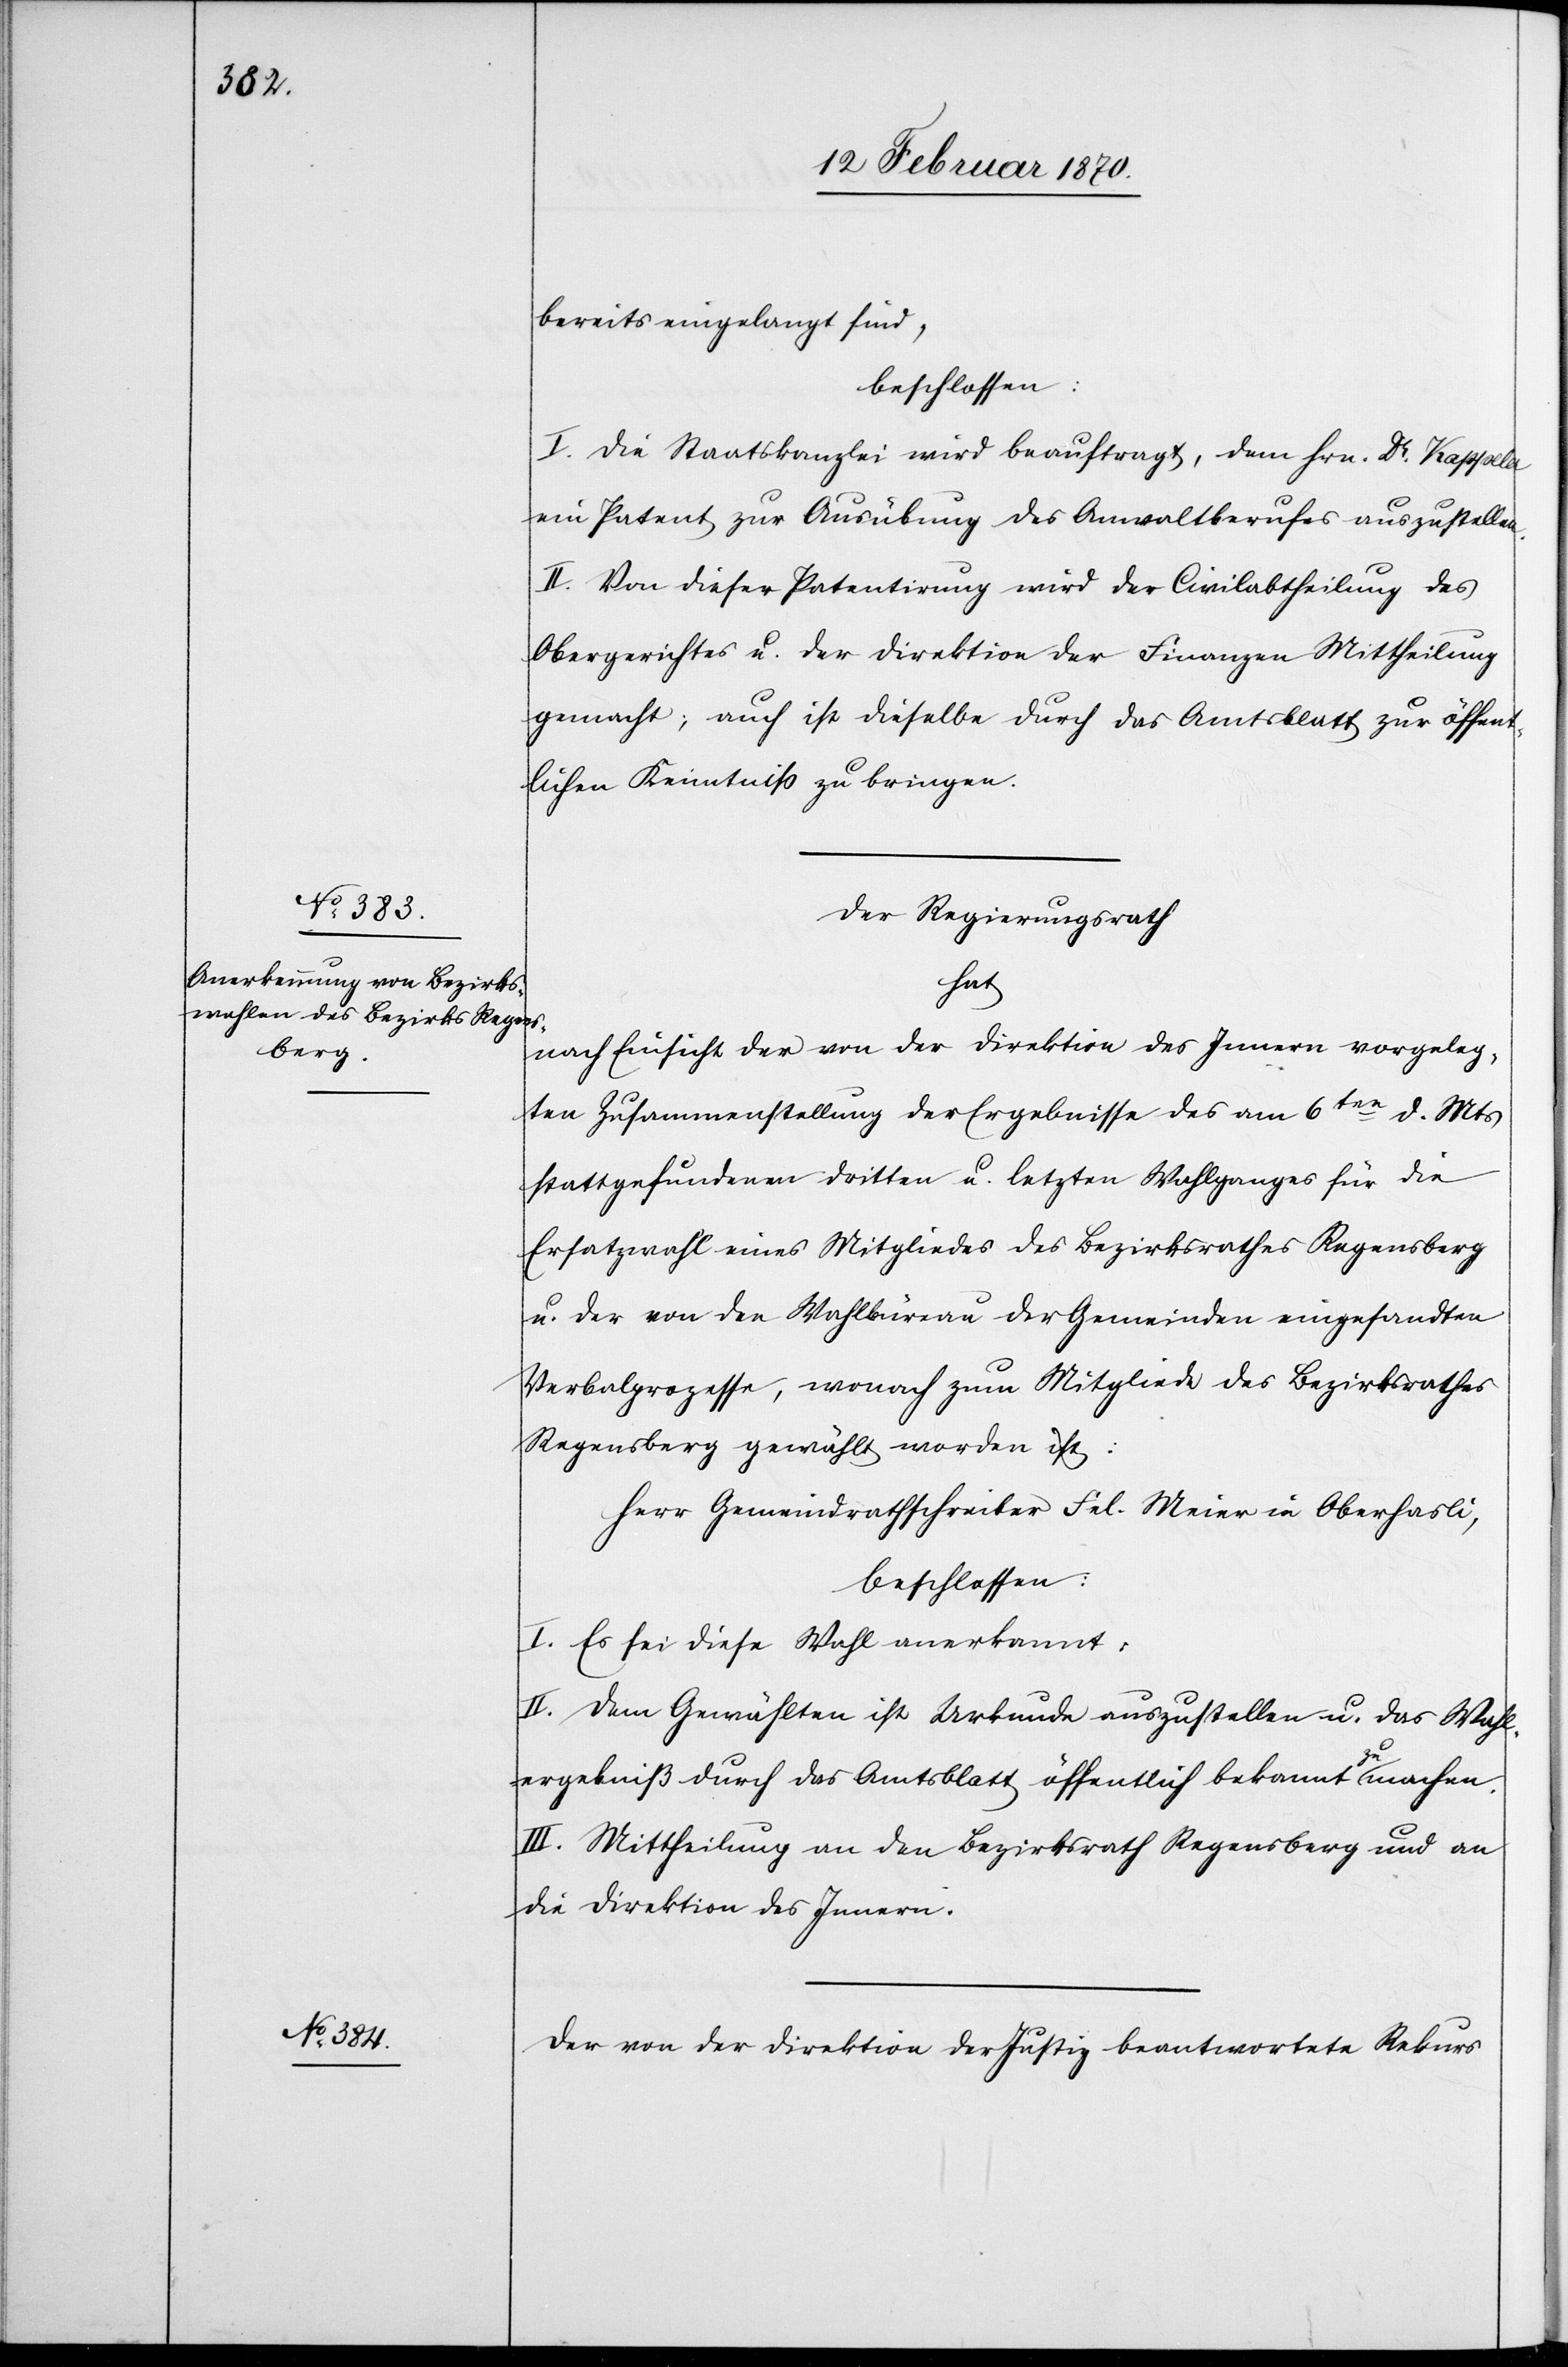
bereits eingelangt sind,
beschlossen:
I. Die Staatskanzlei wird beauftragt, dem Hrn. Dr. Kappeler
ein Patent zur Ausübung des Anwaltberufes auszustellen.
II. Von dieser Patentirung wird der Civilabtheilung des
Obergerichtes u. der Direktion der Finanzen Mittheilung
gemacht; auch ist dieselbe durch das Amtsblatt zur öffent¬
lichen Kenntniß zu bringen.
Der Regierungsrath
hat
nach Einsicht der von der Direktion des Innern vorgeleg¬
ten Zusammenstellung der Ergebnisse des am 6ten d. Mts
stattgefundenen dritten u. letzten Wahlganges für die
Ersatzwahl eines Mitgliedes des Bezirksrathes Regensberg
u. der von den Wahlbüreau der Gemeinden eingesandten
Verbalprozesse, wonach zum Mitgliede des Bezirksrathes
Regensberg gewählt worden ist:
Herr Gemeindrathschreiber Fel. Meier in Oberhasli,
beschlossen:
I. Es sei diese Wahl anerkannt:
II. Dem Gewählten ist Urkunde auszustellen u. das Wahl¬
ergebniß durch das Amtsblatt öffentlich bekannt zu machen.
III. Mittheilung an den Bezirksrath Regensberg und an
die Direktion des Innern.
Der von der Direktion der Justiz beantwortete Rekurs